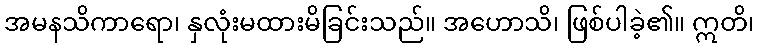
အမနသိကာရော၊ နှလုံးမထားမိခြင်းသည်။ အဟောသိ၊ ဖြစ်ပါခဲ့၏။ ဣတိ၊